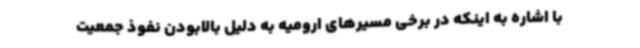
با اشاره به اینکه در برخی مسیرهای ارومیه به دلیل بالابودن نفوذ جمعیت